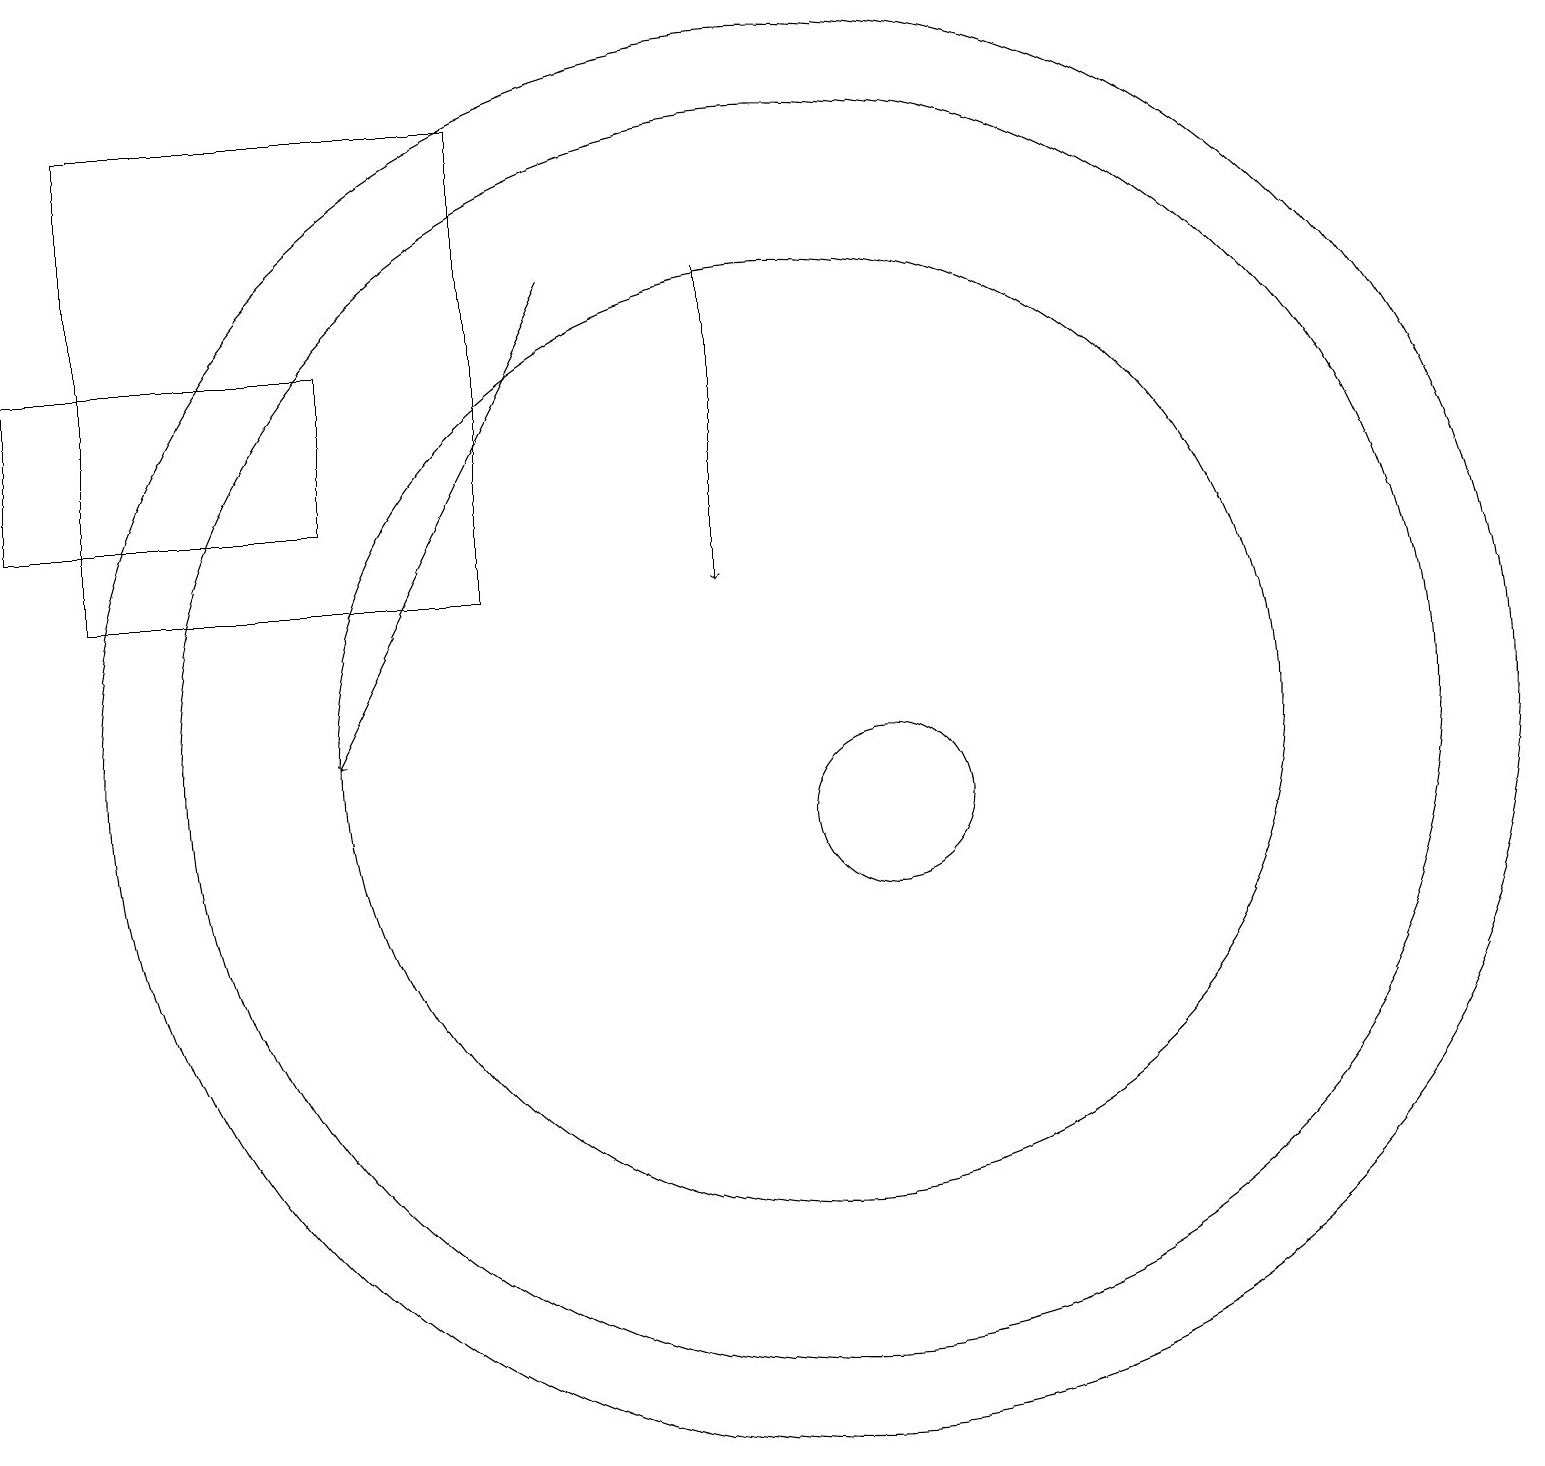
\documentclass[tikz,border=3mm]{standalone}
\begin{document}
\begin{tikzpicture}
\draw (6,13) rectangle (1,19);
\draw (10,11) circle (8);
\draw[->] (9,17) -- (9,13);
\draw (0,16) rectangle (4,14);
\draw (10,11) circle (9);
\draw (10,11) circle (6);
\draw[->] (7,17) -- (4,11);
\draw (11,10) circle (1);
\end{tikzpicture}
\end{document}